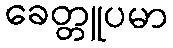
ခေတ္တူပမာ